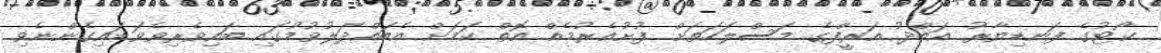
ކޯޓުގެ ފަނޑިޔާރު އަބްދު އަރީފްގެ މަސްލަހަތަށް ފުށުއެރުމެއް އޮތް ކަމަށް އެބައްދަލުވުމުގައި ބައިވެރިވެވަޑައިގެންނެވި